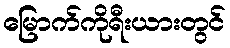
မြောက်ကိုရီးယားတွင်